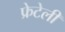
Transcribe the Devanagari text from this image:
फ्रेटेली